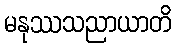
မနုဿသညာယာတိ